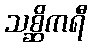
သစ္ဆိကရီ